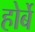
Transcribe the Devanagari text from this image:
होर्बे